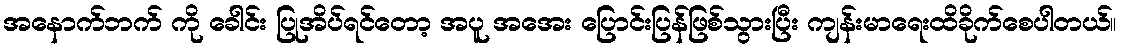
အနောက်ဘက် ကို ခေါင်း ပြုအိပ်ရင်တော့ အပူ အအေး ပြောင်းပြန်ဖြစ်သွားပြီး ကျန်းမာရေးထိခိုက်စေပါတယ်။